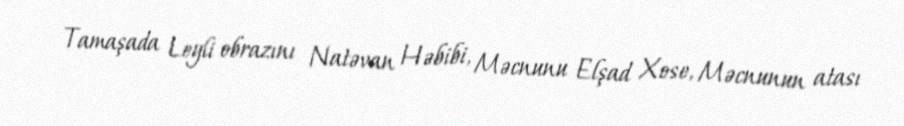
Tamaşada Leyli obrazını Natəvan Həbibi, Məcnunu Elşad Xose, Məcnunun atası